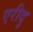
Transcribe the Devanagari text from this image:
एरीदु